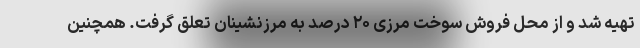
تهیه شد و از محل فروش سوخت مرزی ۲۰ درصد به مرزنشینان تعلق گرفت. همچنین